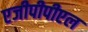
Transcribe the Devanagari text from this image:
एजीपीपीएल